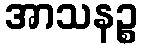
အာသနဉ္စ